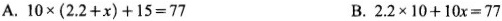
A. $$10 \times(2.2+x)+15=77$$ B. $$2.2\times10+10x=77$$